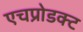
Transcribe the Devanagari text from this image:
एचप्रोडक्ट